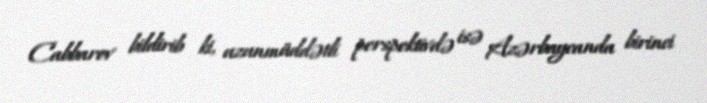
Cabbarov bildirib ki, uzunmüddətli perspektivdə isə Azərbaycanda birinci